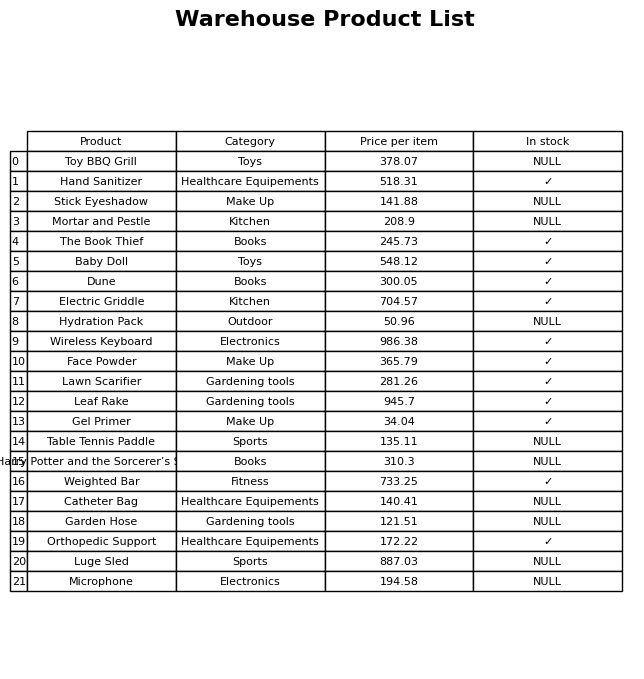
question: What is the price of the Face Powder?
answer: The price of Face Powder is 365.79.